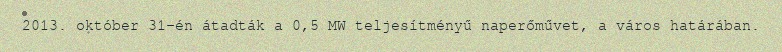
2013. október 31-én átadták a 0,5 MW teljesítményű naperőművet, a város határában.